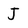
Character: J